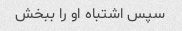
سپس اشتباه او را ببخش